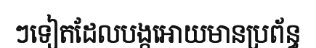
ៗទៀតដែលបង្កអោយមានប្រព័ន្ធ